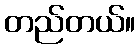
တည်တယ်။